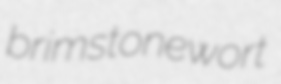
brimstonewort